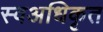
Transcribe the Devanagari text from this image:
स्वअधिकृत